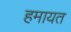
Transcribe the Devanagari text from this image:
हमायत